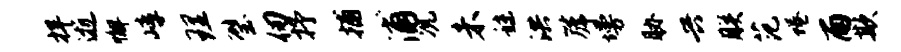
捍逝懈嶂理璧仞抒捕浦况未秣洪篪墁胁兴朕范蜷雨欺